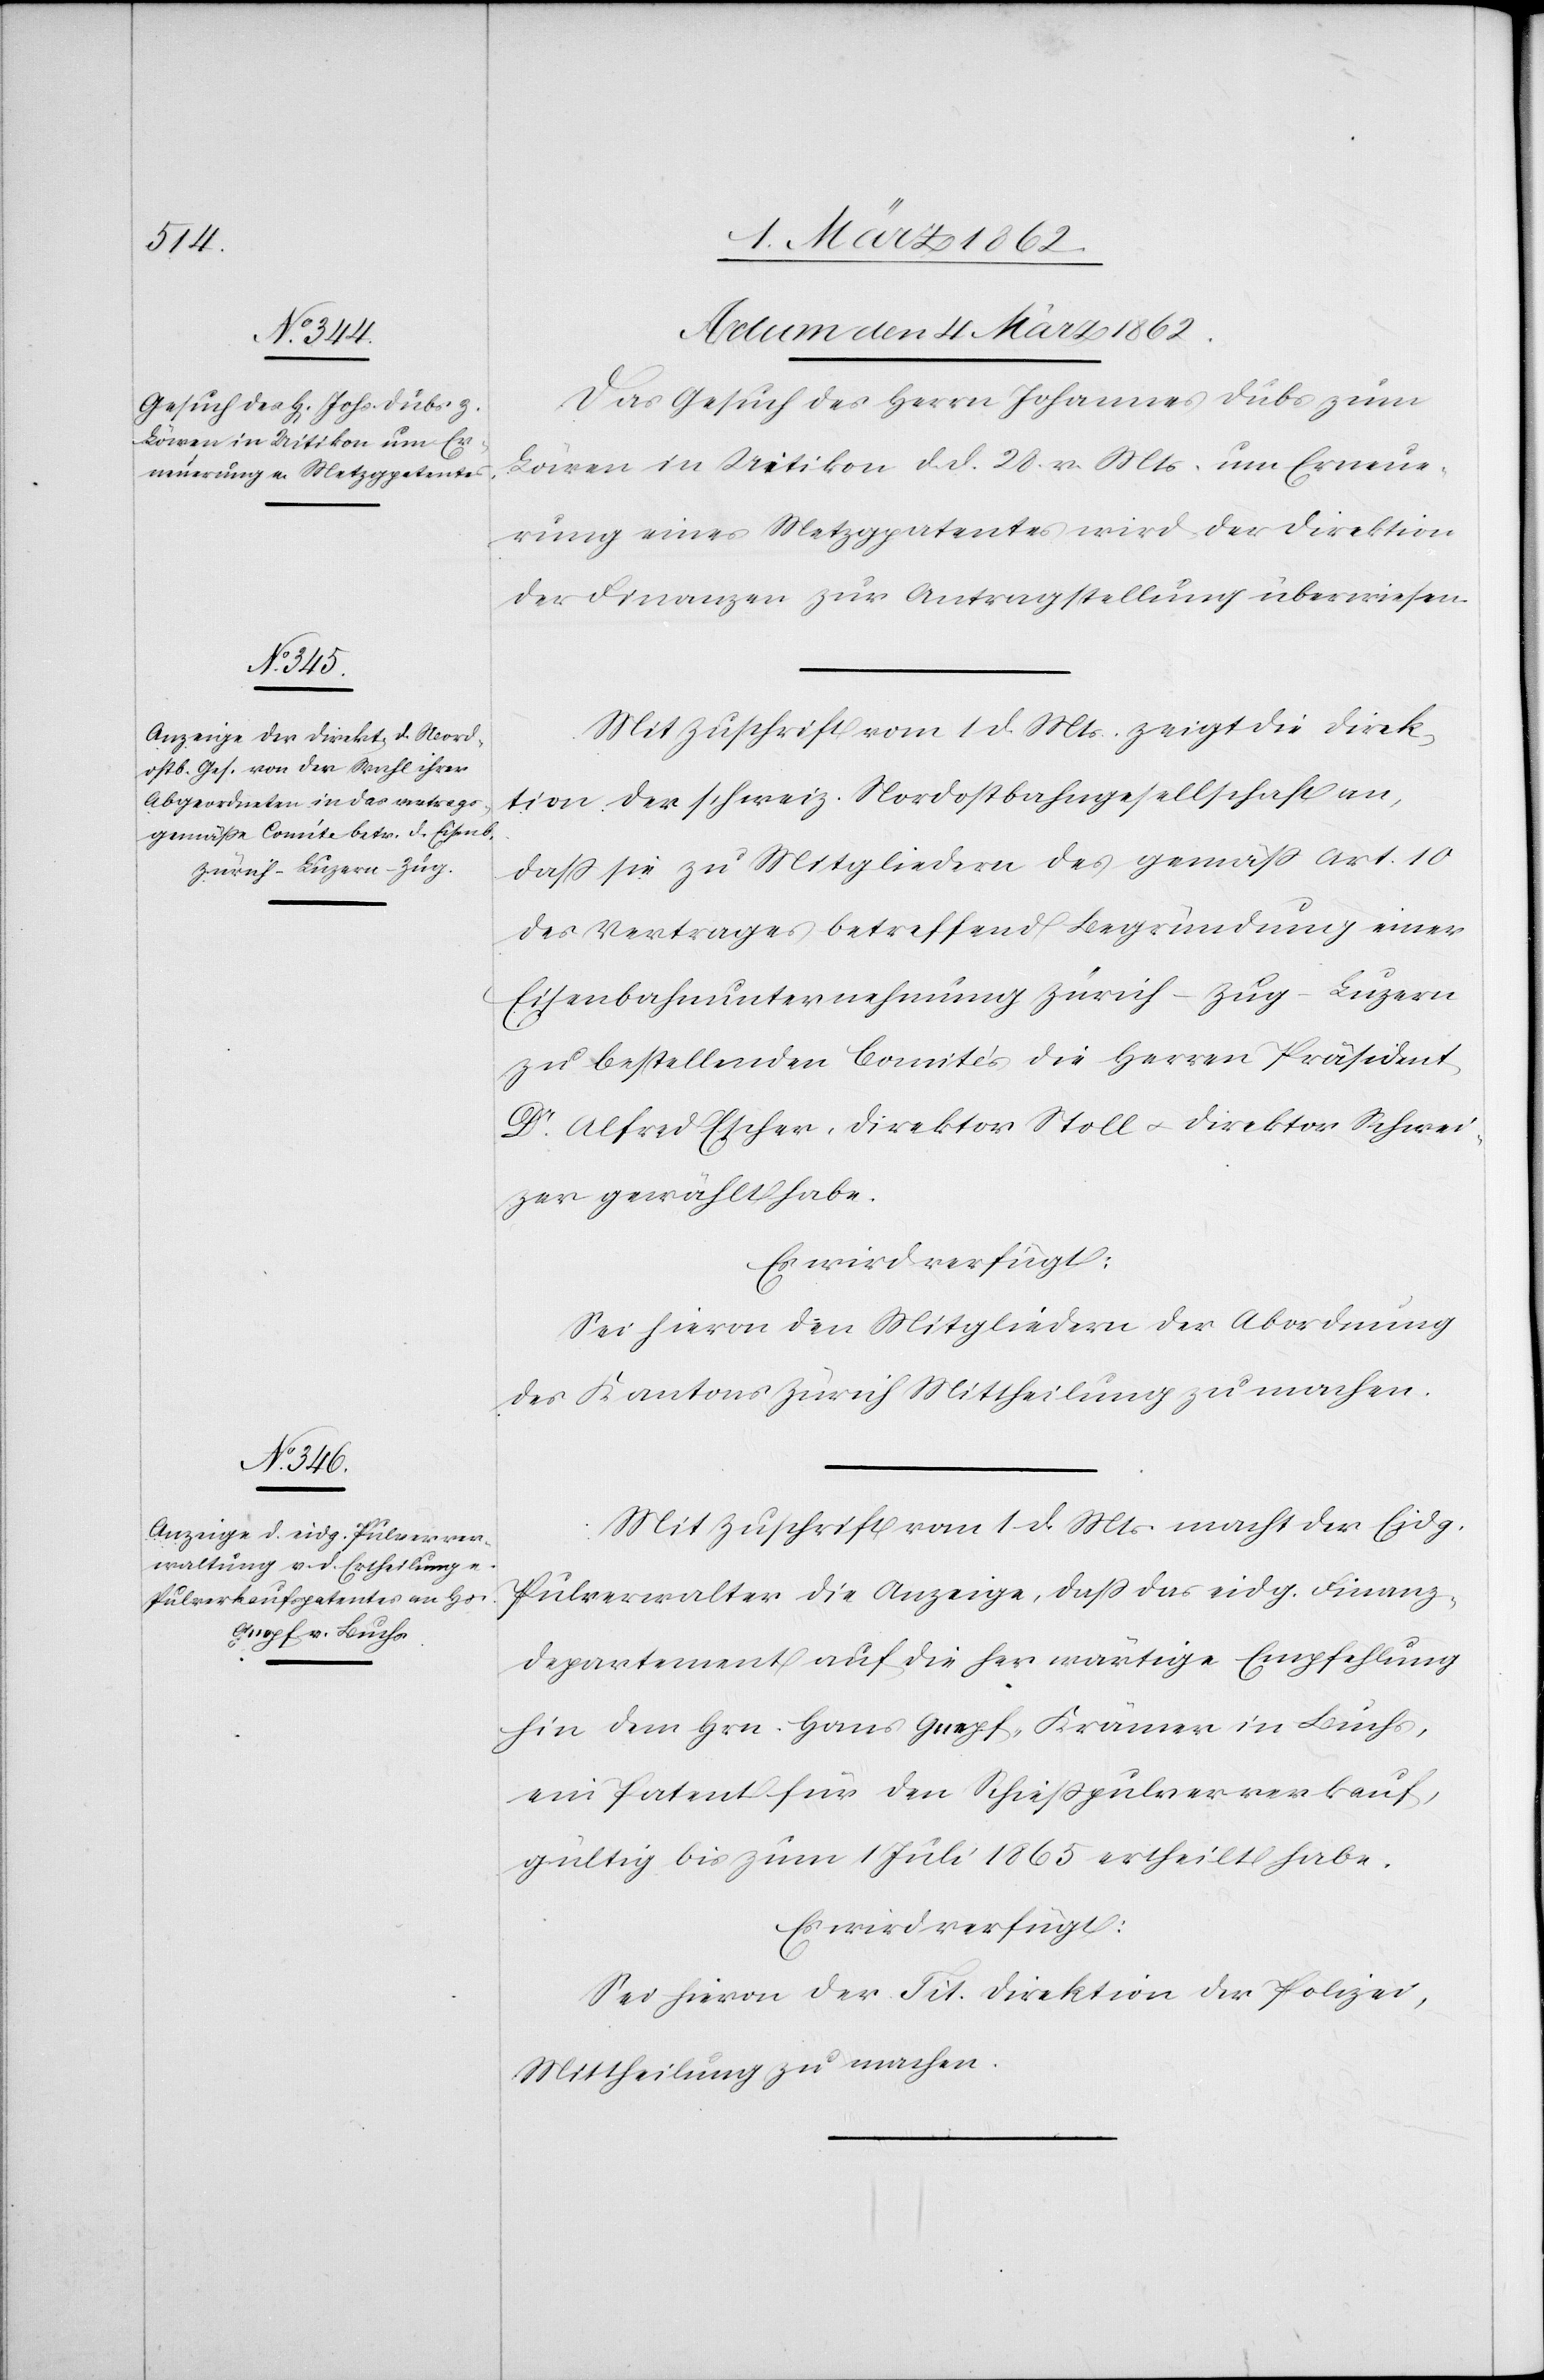
Actum den 4 März 1862.]
Das Gesuch des Herrn Johannes Dubs zum
Löwen in Uitikon d. d. 28. v. Mts. um Erneue¬
rung eines Metzgpatentes wird der Direktion
der Finanzen zur Antragstellung überwiesen.
Mit Zuschrift vom 1 d. Mts. zeigt die Direk¬
tion der schweiz. Nordostbahngesellschaft an,
daß sie zu Mitgliedern des gemäß Art. 10
des Vertrages betreffend Begründung einer
Eisenbahnunternehmung Zürich–Zug–Luzern
zu bestellenden Comités die Herren Präsident
Dr. Alfred Escher, Direktor Stoll u. Direktor Schwei¬
zer gewählt habe.
Es wird verfügt:
Sei hievon den Mitgliedern der Abordnung
des Kantons Zürich Mittheilung zu machen.
Mit Zuschrift vom 1 d. Mts. macht der Eidg.
Pulverwalter [sic!] die Anzeige, daß das eidg. Finanz¬
departement auf die herwärtige Empfehlung
hin dem Hrn. Hans Gnepf, Krämer in Buchs,
ein Patent für den Schießpulververkauf,
gültig bis zum 1 Juli 1865 ertheilt habe.
Es wird verfügt:
Sei hievon der Tit. Direktion der Polizei,
Mittheilung zu machen.